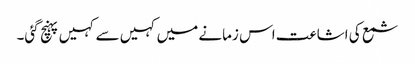
شمع کی اشاعت اس زمانے میں کہیں سے کہیں پہنچ گئی۔